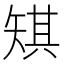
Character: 𪿋